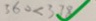
3 6 0 < 3 7 8